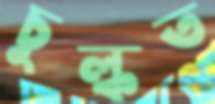
চুল্‌কত